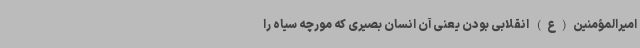
امیرالمؤمنین(ع) انقلابی بودن یعنی آن انسان بصیری که مورچه سیاه را